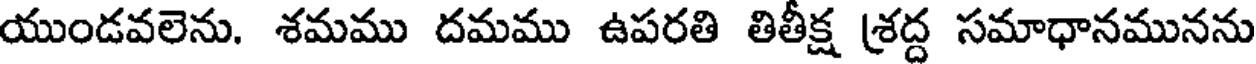
యుండవలెను. శమము దమము ఉపరతి తితీక్ష (శద్ద సమాధానమునను